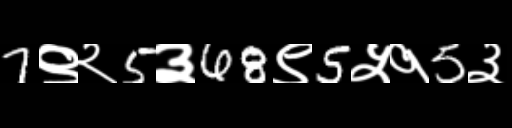
Text: 7९२5३68९5५१5३